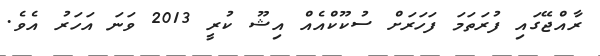
ރާއްޖޭގައި ފުރަތަމަ ފަހަރަށް ސުކޫކްއެއް އިޝޫ ކުރީ 2013 ވަނަ އަހަރު އެވެ.